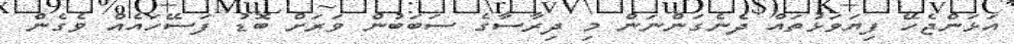
އަޅަންޖެހޭ ފިޔަވަޅުތައް ދެނެގަންނަން މި ދިރާސާގެ ސަބަބުން ވަރަށް ބޮޑު ފަސޭހައެއް ވެގެން